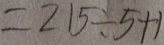
= 2 1 5 \div 5 + 1